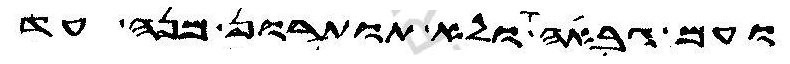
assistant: ועם גבאה ולא תותרון מנה עד